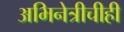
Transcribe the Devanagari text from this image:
अभिनेत्रीचीही